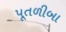
પૂતળીબા